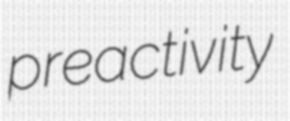
preactivity